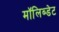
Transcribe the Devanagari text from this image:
मॉलिब्डेट